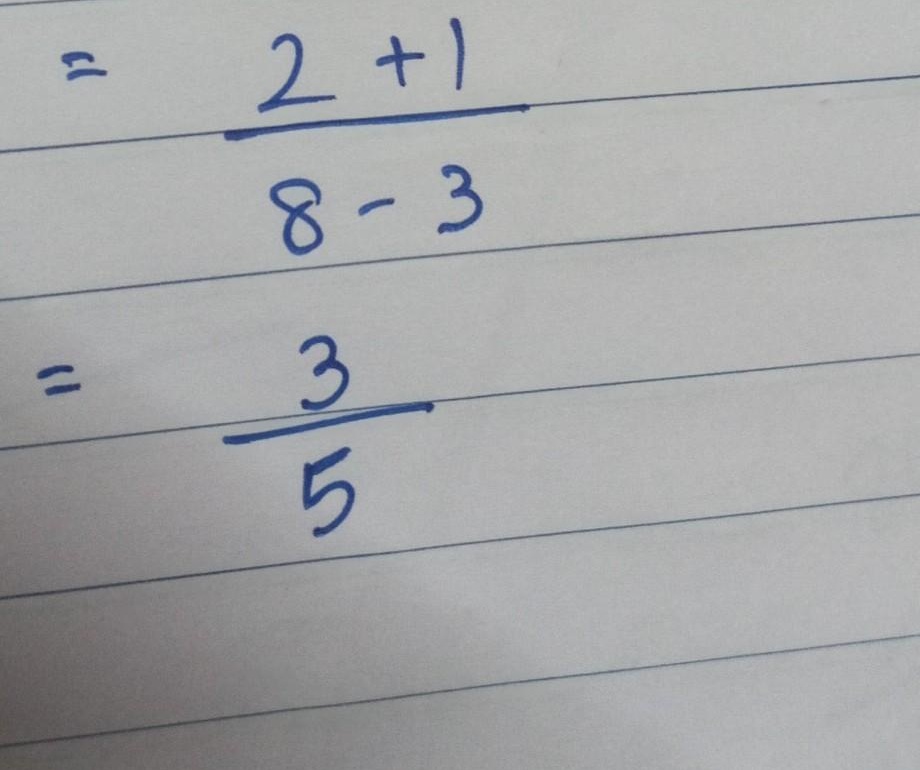
计算过程如下：
\[
\begin{align*}
&=\frac{2 + 1}{8 - 3}\\
&=\frac{3}{5}
\end{align*}
\]